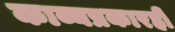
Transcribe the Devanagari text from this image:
काव्यप्रकारही